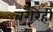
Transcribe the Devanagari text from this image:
वगैरेही